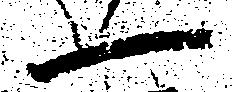
一